Indian journal of veterinary science and animal husbandry - Volume 8,
Year: 1938
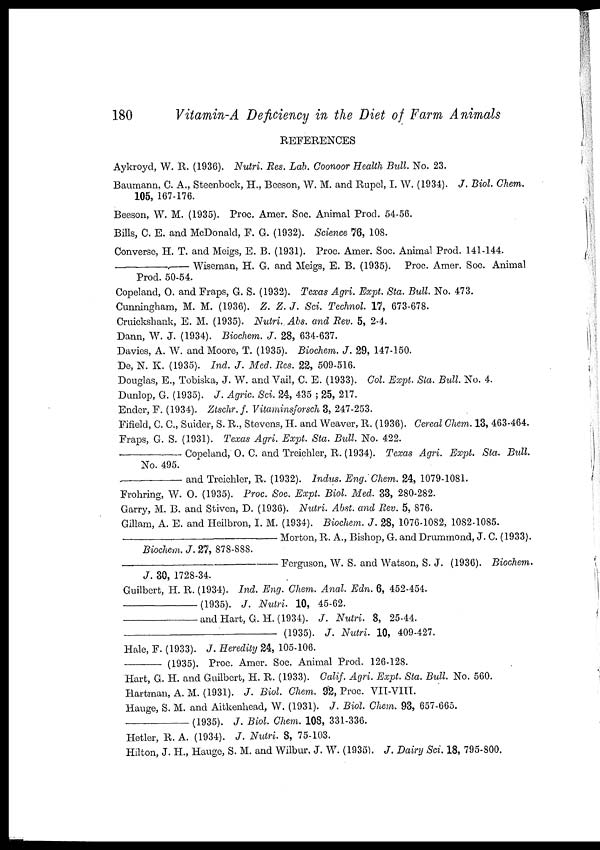
180
Vitamin-A Deficiency in the Diet of Farm Animals
REFERENCES
Aykroyd, W. R. (1936). Nutri. Res. Lab. Coonoor Health Bull. No. 23.
Baumann, C. A., Steenbock, H., Beeson, W. M. and Rupel, I. W. (1934). J. Biol. Chem.
105, 167-176.
Beeson, W. M. (1935). Proc. Amer. Soc. Animal Prod. 54-56.
Bills, C. E. and McDonald, F. G. (1932). Science 76, 108.
Converse, H. T. and Meigs, E. B. (1931). Proc. Amer. Soc. Animal Prod. 141-144.
—Wiseman,
H. G. and Meigs, E. B. (1935). Proc. Amer. Soc. Animal
Prod. 50-54.
Copeland, O. and Fraps, G. S. (1932). Texas Agri. Expt. Sta. Bull. No. 473.
Cunningham, M. M. (1936). Z. Z. J. Sci. Technol. 17, 673-678.
Cruickshank, E. M. (1935). Nutri. Abs. and Rev. 5, 2-4.
Dann, W. J. (1934). Biochem. J. 28, 634-637.
Davies, A. W. and Moore, T. (1935). Biochem. J. 29, 147-150.
De, N. K. (1935). Ind. J. Med. Res. 22, 509-516.
Douglas, E., Tobiska, J. W. and Vail, C. E. (1933). Col. Expt. Sta. Bull. No. 4.
Dunlop, G. (1935). J. Agric. Sci. 24, 435 ; 25, 217.
Ender, F. (1934). Ztschr.f. Vitaminsforsch 3, 247-253.
Fifield, C. C., Suider, S. R., Stevens, H. and Weaver, R. (1936). Cereal Chem. 13, 463-464.
Fraps, G. S. (1931). Texas Agri. Expt. Sta. Bull. No. 422.
—Copeland,
O. C. and Treichler, R. (1934). Texas Agri. Expt. Sta. Bull.
No. 495.
—and
Treichler, R. (1932). Indus. Eng. Chem. 24, 1079-1081.
Frohring, W. O. (1935). Proc. Soc. Expt. Biol. Med. 33, 280-282.
Garry, M. B. and Stiven, D. (1936). Nutri. Abst. and Rev. 5, 876.
Gillam, A. E. and Heilbron, I. M. (1934). Biochem. J. 28, 1076-1082, 1082-1085.
—Morton,
R. A., Bishop, G. and Drummond, J. C. (1933).
Biochem. J. 27, 878-888.
—Ferguson,
W. S. and Watson, S. J. (1936). Biochem.
J. 30, 1728-34.
Guilbert, H. R. (1934). Ind. Eng. Chem. Anal Edn. 6, 452-454.
—(1935).
J. Nutri. 10, 45-62.
—and
Hart, G. H. (1934). J. Nutri. 8, 25-44.
—
(1935). J. Nutri. 10, 409-427.
Hale, F. (1933). J. Heredity 24, 105-106.
—
(1935). Proc. Amer. Soc. Animal Prod. 126-128.
Hart, G. H. and Guilbert, H. R. (1933). Calif. Agri. Expt. Sta. Bull. No. 560.
Hartman, A. M. (1931). J. Biol. Chem. 92, Proc. VII-VIII.
Hauge, S. M. and Aitkenhead, W. (1931). J. Biol. Chem. 93, 657-665.
—(1935).
J. Biol. Chem. 108, 331-336.
Hetler, R. A. (1934). J. Nutri. 8, 75-103.
Hilton, J. H., Hauge, S. M. and Wilbur, J. W. (1935). J. Dairy Sci. 18, 795-800.